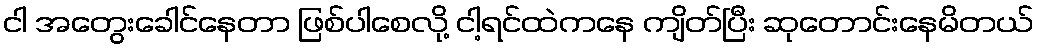
ငါ အတွေးခေါင်နေတာ ဖြစ်ပါစေလို့ ငါ့ရင်ထဲကနေ ကျိတ်ပြီး ဆုတောင်းနေမိတယ်